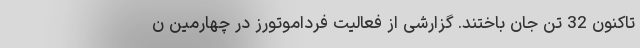
تاکنون 32 تن جان باختند. گزارشی از فعالیت فرداموتورز در چهارمین ن